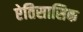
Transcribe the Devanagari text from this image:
ऐतिसासिक